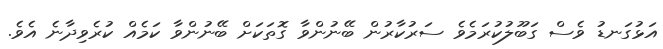
އަޅުގަނޑު ވެސް ގަބޫލުކުރަމެވެ ސަރުކާރުން ބޭނުންވާ ގޮތަކަށް ބޭނުންވާ ކަމެއް ކުރެވިދާނެ އެވެ.